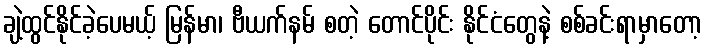
ချဲ့ထွင်နိုင်ခဲ့ပေမယ့် မြန်မာ၊ ဗီယက်နမ် စတဲ့ တောင်ပိုင်း နိုင်ငံတွေနဲ့ စစ်ခင်းရာမှာတော့